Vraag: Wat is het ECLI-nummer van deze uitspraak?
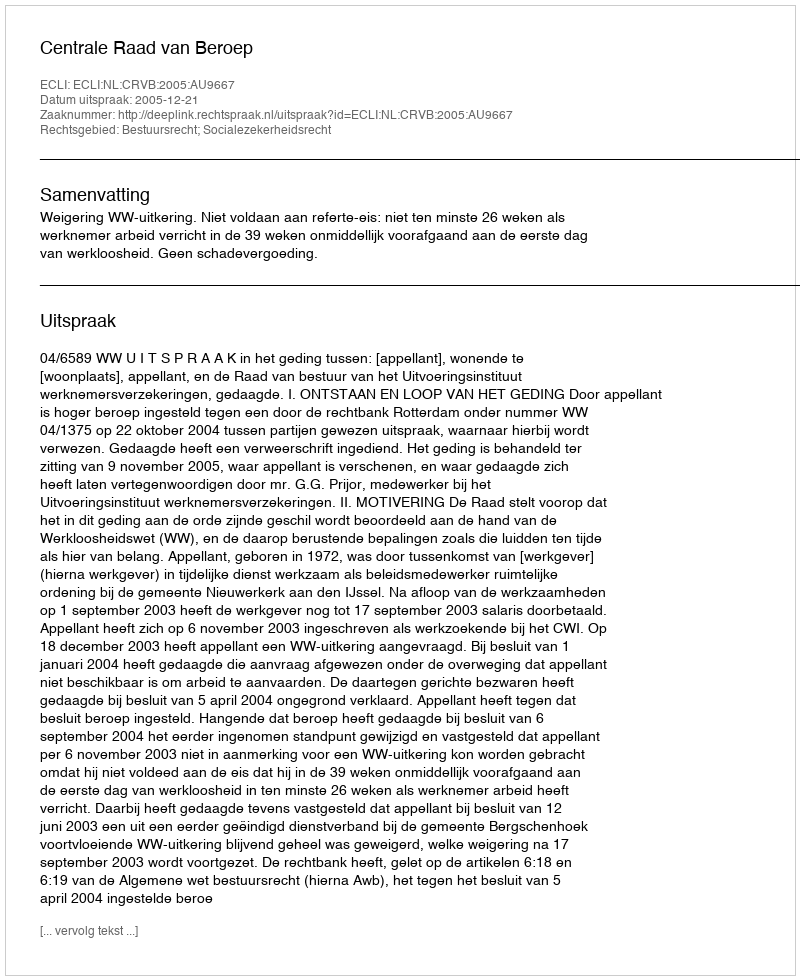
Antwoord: ECLI:NL:CRVB:2005:AU9667